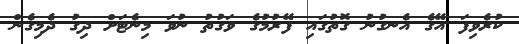
ކުރެވިފަ އޭގެ އެނގުނު ގޮތުގައި ފޭރުމުގެ ވަގުތު ނުވަ މިނެޓަށް ދިގު ދެމިގެން